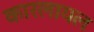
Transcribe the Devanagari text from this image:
कारलायल